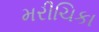
મરીચિકા